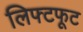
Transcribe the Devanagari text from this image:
लिफ्टफूट